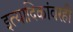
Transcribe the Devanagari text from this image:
इत्यादिकांवरही